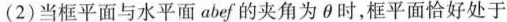
(2)当框平面与水平面abef的夹角为\theta 时，框平面恰好处于